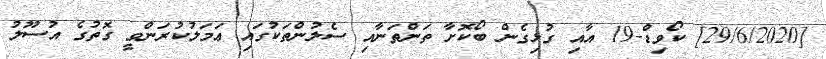
[29/6/2020] ކޯވިޑް-19 އާއި ގުޅިގެން ބޯކޮށާ ތަންތަނާއި ސެލުންތަކުގައި ޢަމަލުކުރަންވީ ގޮތުގެ އުސޫލު